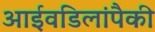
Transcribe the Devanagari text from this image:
आईवडिलांपैकी